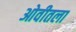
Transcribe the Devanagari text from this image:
ओवीतला